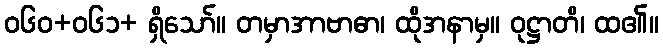
ဝ၆၀+၀၆၁+ ရှိသော်။ တမှာအာဗာဓာ၊ ထိုအနာမှ။ ဝုဋ္ဌာတိ၊ ထ၏။